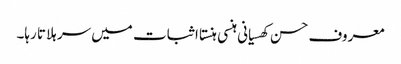
معروف حسن کھسیانی ہنسی ہنستا اثبات میں سر ہلاتا رہا۔